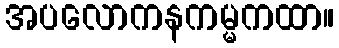
အပလောကနကမ္မကထာ။